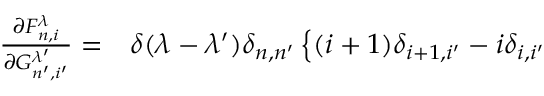
\begin{array} { r l } { \frac { \partial F _ { n , i } ^ { \lambda } } { \partial G _ { n ^ { \prime } , i ^ { \prime } } ^ { \lambda ^ { \prime } } } = } & { { } \delta ( \lambda - \lambda ^ { \prime } ) \delta _ { n , n ^ { \prime } } \left\lbrace ( i + 1 ) \delta _ { i + 1 , i ^ { \prime } } - i \delta _ { i , i ^ { \prime } } \right. } \end{array}